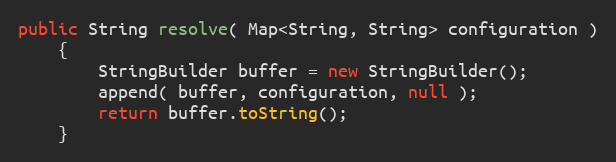
Language: Java
public String resolve( Map<String, String> configuration )
    {
        StringBuilder buffer = new StringBuilder();
        append( buffer, configuration, null );
        return buffer.toString();
    }